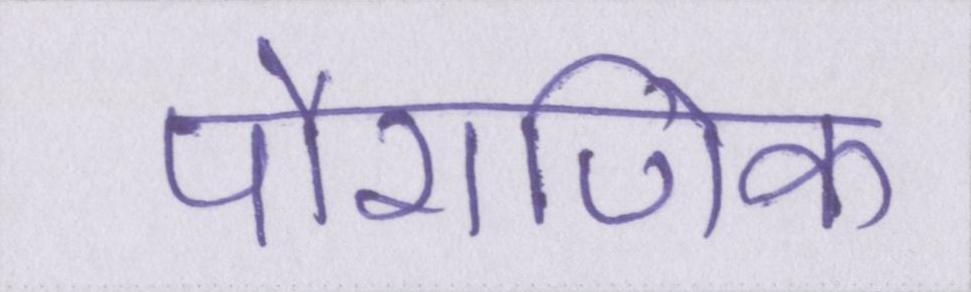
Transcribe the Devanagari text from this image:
पौराणिक